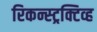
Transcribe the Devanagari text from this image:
रिकन्स्ट्रक्टिव्ह